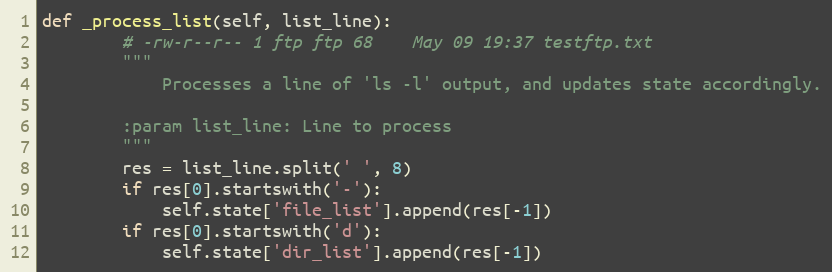
Language: Python
def _process_list(self, list_line):
        # -rw-r--r-- 1 ftp ftp 68	 May 09 19:37 testftp.txt
        """
            Processes a line of 'ls -l' output, and updates state accordingly.

        :param list_line: Line to process
        """
        res = list_line.split(' ', 8)
        if res[0].startswith('-'):
            self.state['file_list'].append(res[-1])
        if res[0].startswith('d'):
            self.state['dir_list'].append(res[-1])